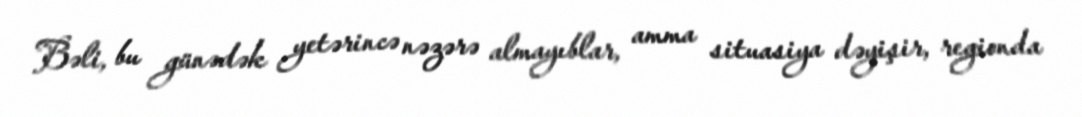
Bəli, bu günədək yetərincə nəzərə almayıblar, amma situasiya dəyişir, regionda